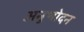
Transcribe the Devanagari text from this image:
अनुभोदन